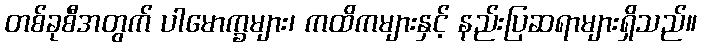
တစ်ခုစီအတွက် ပါမောက္ခများ၊ ကထိကများနှင့် နည်းပြဆရာများရှိသည်။